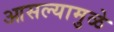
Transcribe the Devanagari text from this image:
आसल्‍यामुळे